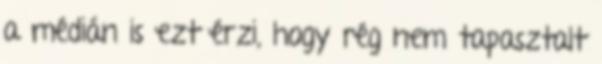
a médián is ezt érzi, hogy rég nem tapasztalt